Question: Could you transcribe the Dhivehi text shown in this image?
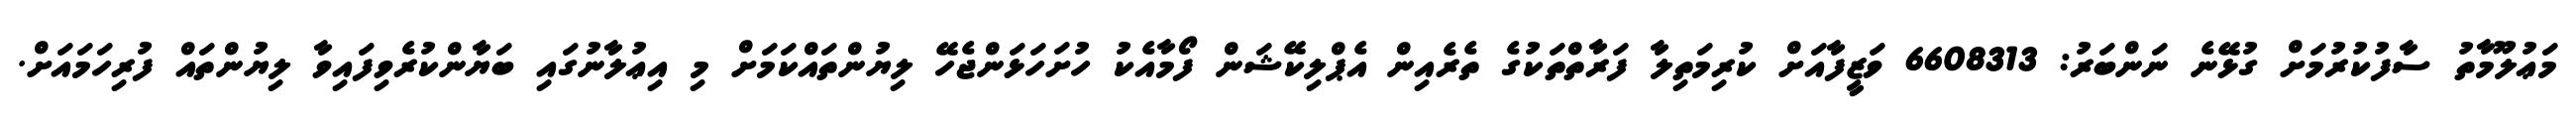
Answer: މަޢުލޫމާތު ސާފުކުރުމަށް ގުޅޭނެ ނަންބަރު: 6608313 ވަޒީފާއަށް ކުރިމަތިލާ ފަރާތްތަކުގެ ތެރެއިން އެޕްލިކޭޝަން ފޯމާއެކު ހުށަހަޅަންޖެހޭ ލިޔުންތައްކަމަށް މި އިޢުލާނުގައި ބަޔާންކުރެވިފައިވާ ލިޔުންތައް ފުރިހަމައަށް.